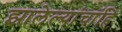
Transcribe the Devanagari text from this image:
झालेल्यांचांहि